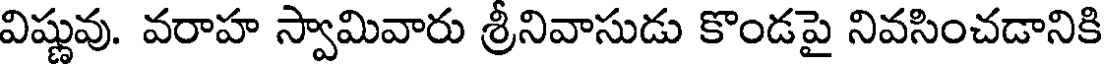
విష్ణువు. వరాహ స్వామివారు శ్రీనివాసుడు కొండపై నివసించడానికి